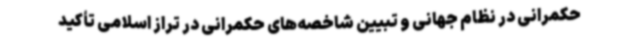
حکمرانی در نظام جهانی و تبیین شاخصه‌های حکمرانی در تراز اسلامی تأکید